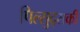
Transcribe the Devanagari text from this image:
पिल्सुद्सकी